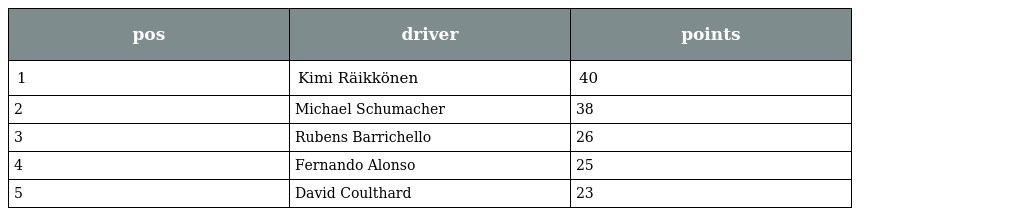
| pos | driver | points |
 | --- | --- | --- |
 | 1 | Kimi Räikkönen | 40 |
 | 2 | Michael Schumacher | 38 |
 | 3 | Rubens Barrichello | 26 |
 | 4 | Fernando Alonso | 25 |
 | 5 | David Coulthard | 23 |